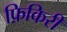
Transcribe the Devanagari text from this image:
फ़िकिरी